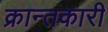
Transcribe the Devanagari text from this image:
क्रान्तकारी